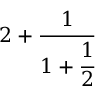
2 + { \cfrac { 1 } { 1 + { \cfrac { 1 } { 2 } } } }